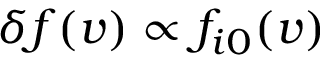
\delta f ( \boldsymbol { v } ) \propto f _ { i 0 } ( \boldsymbol { v } )